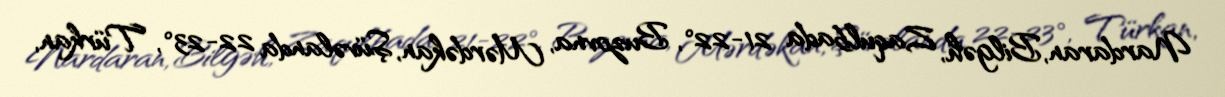
Nardaran, Bilgəh, Zaqulbada 21-22°, Buzovna, Mərdəkan, Şüvəlanda 22-23°, Türkan,